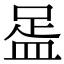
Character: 𥁯